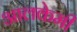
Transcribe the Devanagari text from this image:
आलकेमी